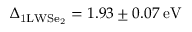
\Delta _ { \mathrm { 1 L W S e _ { 2 } } } = 1 . 9 3 \pm 0 . 0 7 \: \mathrm { e V }